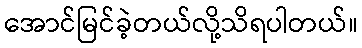
အောင်မြင်ခဲ့တယ်လို့သိရပါတယ်။